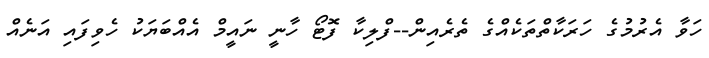
ހަވާ އެރުމުގެ ހަރަކާތްތަކެއްގެ ތެރެއިން--ފްލިކާ ފޮޓޯ ހާނީ ނައީމް އެއްބަޔަކު ހެވިފައި އަނެއް